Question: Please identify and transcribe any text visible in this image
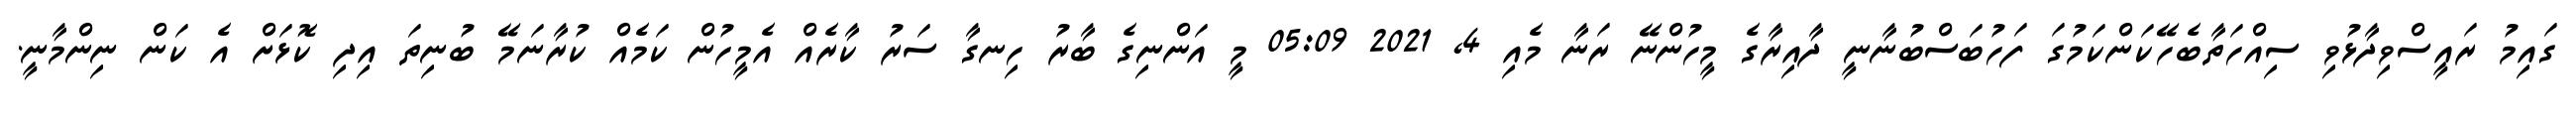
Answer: ގައިމު ރައީސްވިދާޅުވި ސިއްހަތާބެހޭކަންކަމުގަ ފަހުބަސްބުނާނީ ދާއިރާގެ މީހުންނޭ ރަނާ މެއި 4, 2021 05:09 މީ އަންނިގެ ބާރު ހިނގާ ސަރު ކާރެއް އެމީހުން ކަމެއް ކުރާނަމޭ ބުނިތަ އިދި ކޮޅަށް އެ ކަން ނިންމާނީ.